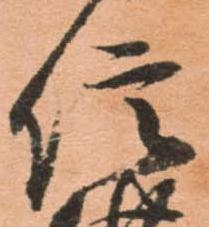
信